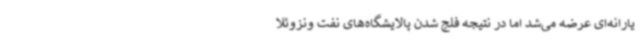
یارانه‌ای عرضه می‌شد اما در نتیجه فلج شدن پالایشگاه‌های نفت ونزوئلا